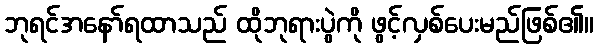
ဘုရင်အနော်ရထာသည် ထိုဘုရားပွဲကို ဖွင့်လှစ်ပေးမည်ဖြစ်၏။